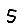
Digit: 5